Lunatic asylums Central Provinces reports 1874-1885 - 1874-1885
Year: 1874
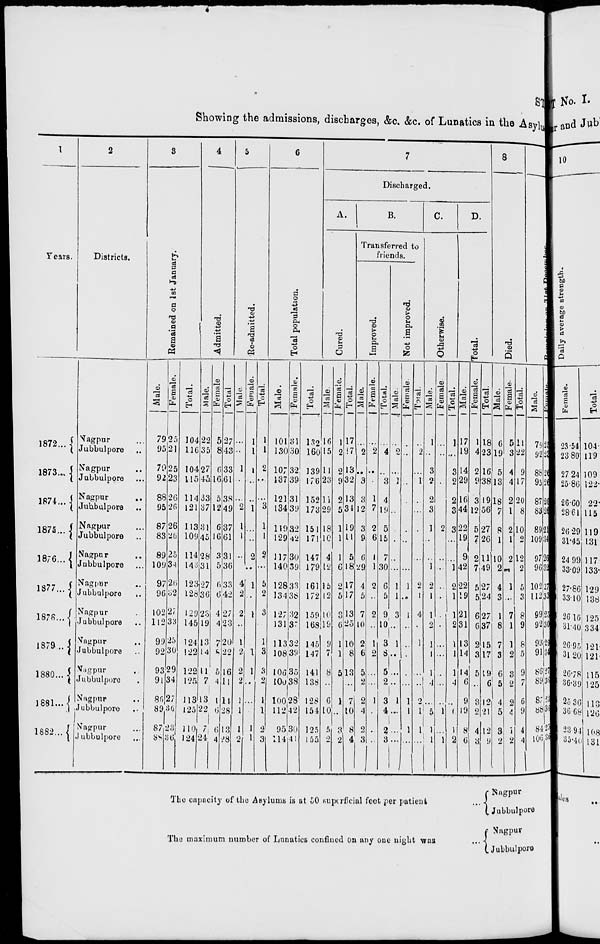
STATEMEN
Showing the admissions, discharges, &c. &c. of Lunatics in the Asylums
1
Years.
1872 ...
1873 ...
1874 ...
1875 ...
1876 ...
1877 ...
1878 ...
1879 ...
1880 ...
1881 ...
1882 ...
2
Districts.
Nagpur ...
Jubbulpore ...
Nagpur ...
Jubbulpore ...
Nagpur
...
Jubbulpore ...
Nagpur ...
Jubbulpore ...
Nagpur ...
Jubbulpore ...
Nagpur ...
Jubbulpore
...
Nagpur ...
Jubbulpore ...
Nagpur ...
Jubbulpore ...
Nagpur ...
Jubbulpore ...
Nagpur ...
Jubbulpore ...
Nagpur ...
Jubbulpore ...
3
Remained on 1st January.
Male.
79
95
79
92
88
95
87
83
89
109
97
96
102
112
99
92
93
91
86
89
87
88
Female.
25
21
25
23
26
26
26
26
25
34
26
32
27
33
25
30
29
34
27
36
23
36
Total.
104
116
104
115
114
121
113
109
114
143
123
128
129
145
124
122
122
125
113
125
110
124
4
Admitted.
Male.
22
35
27
45
33
37
31
45
28
31
27
36
23
19
13
14
11
7
13
22
7
24
Female
5
8
6
16
5
12
6
16
3
5
6
6
4
4
7
8
5
4
1
6
6
4
Total
27
43
33
61
38
49
37
61
31
36
33
42
27
23
20
22
16
11
14
28
13
28
5
Re-admitted.
Male.
...
...
1
...
...
2
1
1
...
...
4
2
2
...
1
2
2
2
1
1
1
2
Female.
1
1
1
...
...
1
...
...
2
...
1
...
1
...
...
1
1
...
...
...
1
1
Total.
1
1
2
...
...
3
1
1
2
...
5
2
3
...
1
3
3
2
1
1
2
3
6
Total population.
Male.
101
130
107
137
121
134
119
129
117
140
128
134
127
131
113
108
106
100
100
112
95
114
Female.
31
30
32
39
31
39
32
42
30
39
33
38
32
37
32
39
35
38
28
42
30
41
Total.
132
160
139
176
152
173
151
171
147
179
161
172
159
168
145
147
141
138
128
154
125
155
7
Discharged.
A.
Cured.
Male.
16
15
11
23
11
29
18
10
4
12
15
12
10
19
9
7
8
...
6
10
5
2
Female.
1
2
2
9
2
5
1
1
1
6
2
5
3
6
1
1
5
...
1
...
3
2
Total.
17
17
13
32
13
34
19
11
5
18
17
17
13
25
10
8
13
...
7
10
8
4
B.
Transferred to
friends.
Improved.
Male.
...
2
...
3
3
12
3
9
6
29
4
5
7
10
2
6
5
2
2
4
2
3
Female.
...
2
...
...
1
7
2
6
1
1
2
...
2
...
1
2
...
...
1
...
...
...
Total.
...
4
...
3
4
19
5
15
7
30
6
5
9
10
3
8
5
2
3
4
2
3
Not improved.
Male.
...
2
...
1
...
...
...
...
...
...
1
1
3
...
1
...
...
...
1
...
...
...
Female.
...
...
...
...
...
...
...
...
...
...
1
...
1
...
...
...
...
...
1
1
1
...
Total.
...
2
...
1
...
...
...
...
...
...
2
1
4
...
1
...
...
...
2
1
1
...
C.
Ot he r
wi s e .
Male.
1
...
3
2
2
3
1
...
...
1
2
1
1
2
1
1
1
4
...
5
1
1
Female
...
...
...
...
...
...
2
...
...
...
...
...
...
...
...
...
...
...
...
1
...
1
Total.
1
...
3
2
2
3
3
...
...
1
2
1
1
2
1
1
1
4
...
6
1
2
D.
Total.
Male.
17
19
14
29
16
44
22
19
9
42
22
19
21
31
13
14
14
6
9
19
8
6
Female.
1
4
2
9
3
12
5
7
2
7
5
5
6
6
2
3
5
...
3
2
4
3
Total.
18
23
16
38
19
56
27
26
11
49
27
24
27
37
15
17
19
6
12
21
12
9
8
Died.
Male.
6
19
5
13
18
7
8
1
10
2
4
3
1
8
7
3
6
5
4
5
3
2
Female.
5
3
4
4
2
1
2
1
2
...
1
...
7
1
1
2
3
2
2
4
1
2
Total.
11
22
9
17
20
8
10
2
12
2
5
3
8
9
8
5
9
7
6
9
4
4
9
Remaining on 31st D
Male.
79
92
88
95
87
83
89
109
97
96
102
112
99
92
93
91
86
89
87
88
84
106
Female.
25
23
26
26
26
26
21
34
26
32
27
33
25
30
29
34
27
36
23
36
25
36
The capacity of the Asylums is at 50 superficial feet per patient
...
The maximum number of Lunatics confined on any one night was
...
Nagpur
Jubbulpore
Nagpur
Jubbulpore